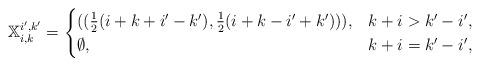
LaTeX: \begin{align*}\mathbb{X}_{i,k}^{i',k'}=\begin{cases}((\frac{1}{2}(i+k+i'-k'),\frac{1}{2}(i+k-i'+k'))), & k+i > k'-i',\\\emptyset, & k+i = k'-i',\end{cases}\end{align*}